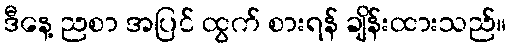
ဒီနေ့ ညစာ အပြင် ထွက် စားရန် ချိန်းထားသည်။